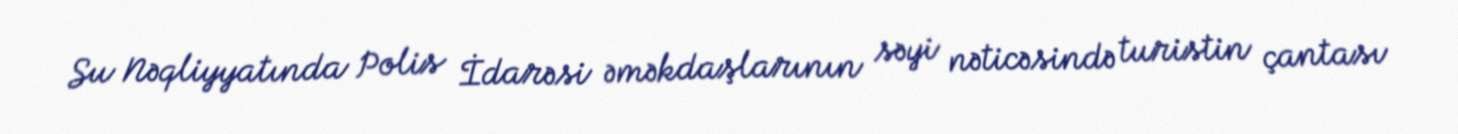
Su Nəqliyyatında Polis İdarəsi əməkdaşlarının səyi nəticəsində turistin çantası